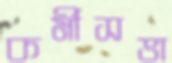
কর্মীসভা